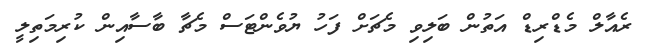
ރެއާލް މެޑްރިޑް އަތުން ބަލިވި މެޗަށް ފަހު ޔުވެންޓަސް މެޗާ ބާސާއިން ކުރިމަތިލީ